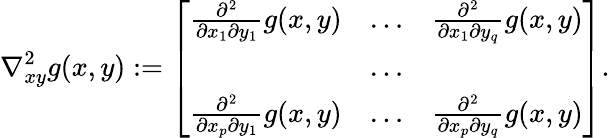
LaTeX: \nabla_{xy}^{2}g(x,y):=\left[\begin{array}{lll}{\frac{\partial^{2}}{\partial x_{1}\partial y_{1}}g(x,y)}&{\ldots}&{\frac{\partial^{2}}{\partial x_{1}\partial y_{q}}g(x,y)}\\ &{\ldots}&\\ {\frac{\partial^{2}}{\partial x_{p}\partial y_{1}}g(x,y)}&{\ldots}&{\frac{\partial^{2}}{\partial x_{p}\partial y_{q}}g(x,y)}\end{array}\right].